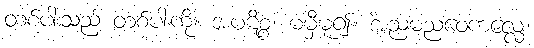
တစ်ပါးသည် တစ်ပါးကို။ အပဋိစ္စ၊ မမှီမူ၍။ အညမညဝေကလ္လေ၊